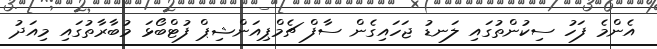
އެންމެ ފަހު ސިކުންތުގައި ލަނޑު ޖަހައިގެން ސާފް ޗެމްޕިއަންޝިޕް ފުޓްބޯޅަ މުބާރާތުގައި މިއަދު